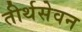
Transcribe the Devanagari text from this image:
तीर्थसेवन